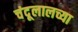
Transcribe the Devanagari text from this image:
चंदूलालच्या